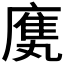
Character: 𫷿